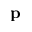
\mathbf { p }